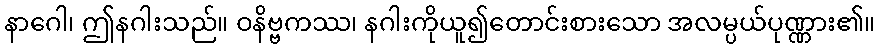
နာဂေါ၊ ဤနဂါးသည်။ ဝနိဗ္ဗကဿ၊ နဂါးကိုယူ၍တောင်းစားသော အလမ္ပယ်ပုဏ္ဏား၏။